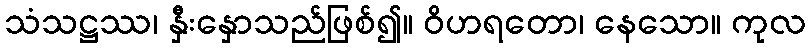
သံသဋ္ဌဿ၊ နှီးနှောသည်ဖြစ်၍။ ဝိဟရတော၊ နေသော။ ကုလ